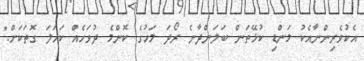
އެކުވެރިންނާއެކު މަންޑި ކުޅޭތަން ބަލަންދާނެ ރޯދަ މަހުގެ ކޮންމެ ދުވަހެއް ކަހަލަ ގޮތަކަށް."